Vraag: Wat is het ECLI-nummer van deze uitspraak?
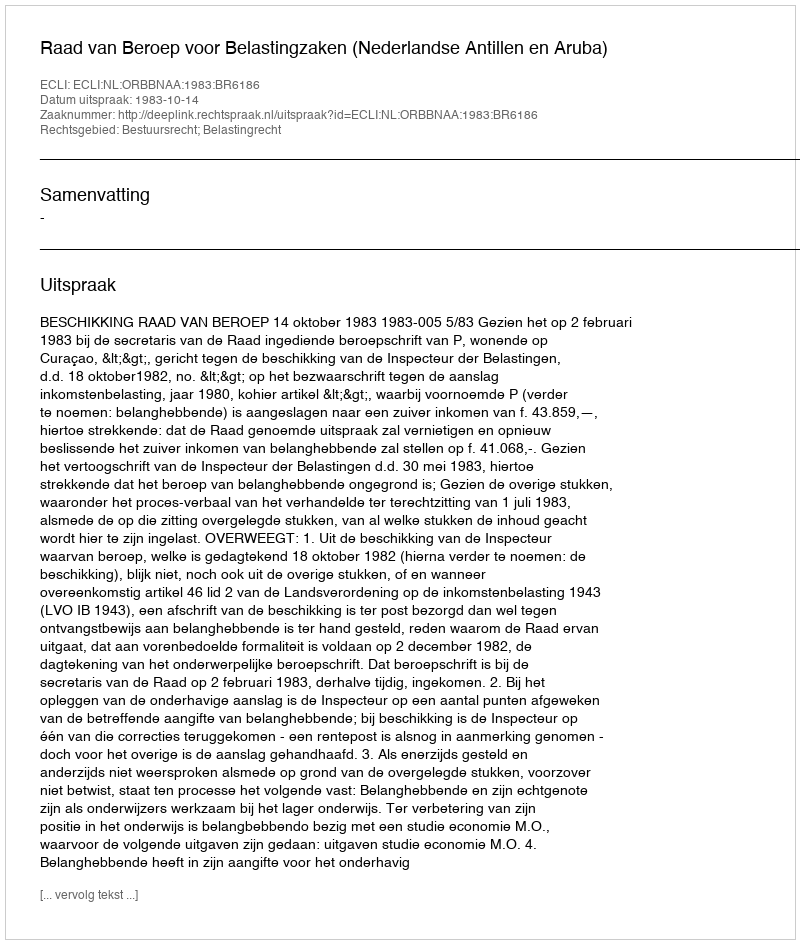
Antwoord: ECLI:NL:ORBBNAA:1983:BR6186